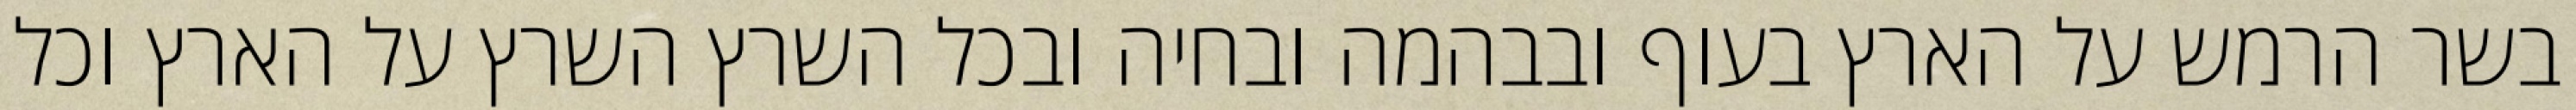
בשר הרמש על הארץ בעוף ובבהמה ובחיה ובכל השרץ השרץ על הארץ וכל